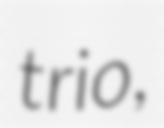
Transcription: trio,